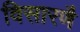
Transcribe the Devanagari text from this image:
विसारणै